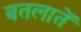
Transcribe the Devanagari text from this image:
बतलातें